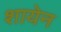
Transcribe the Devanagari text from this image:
शायेन